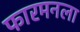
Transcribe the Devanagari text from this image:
फारमनला